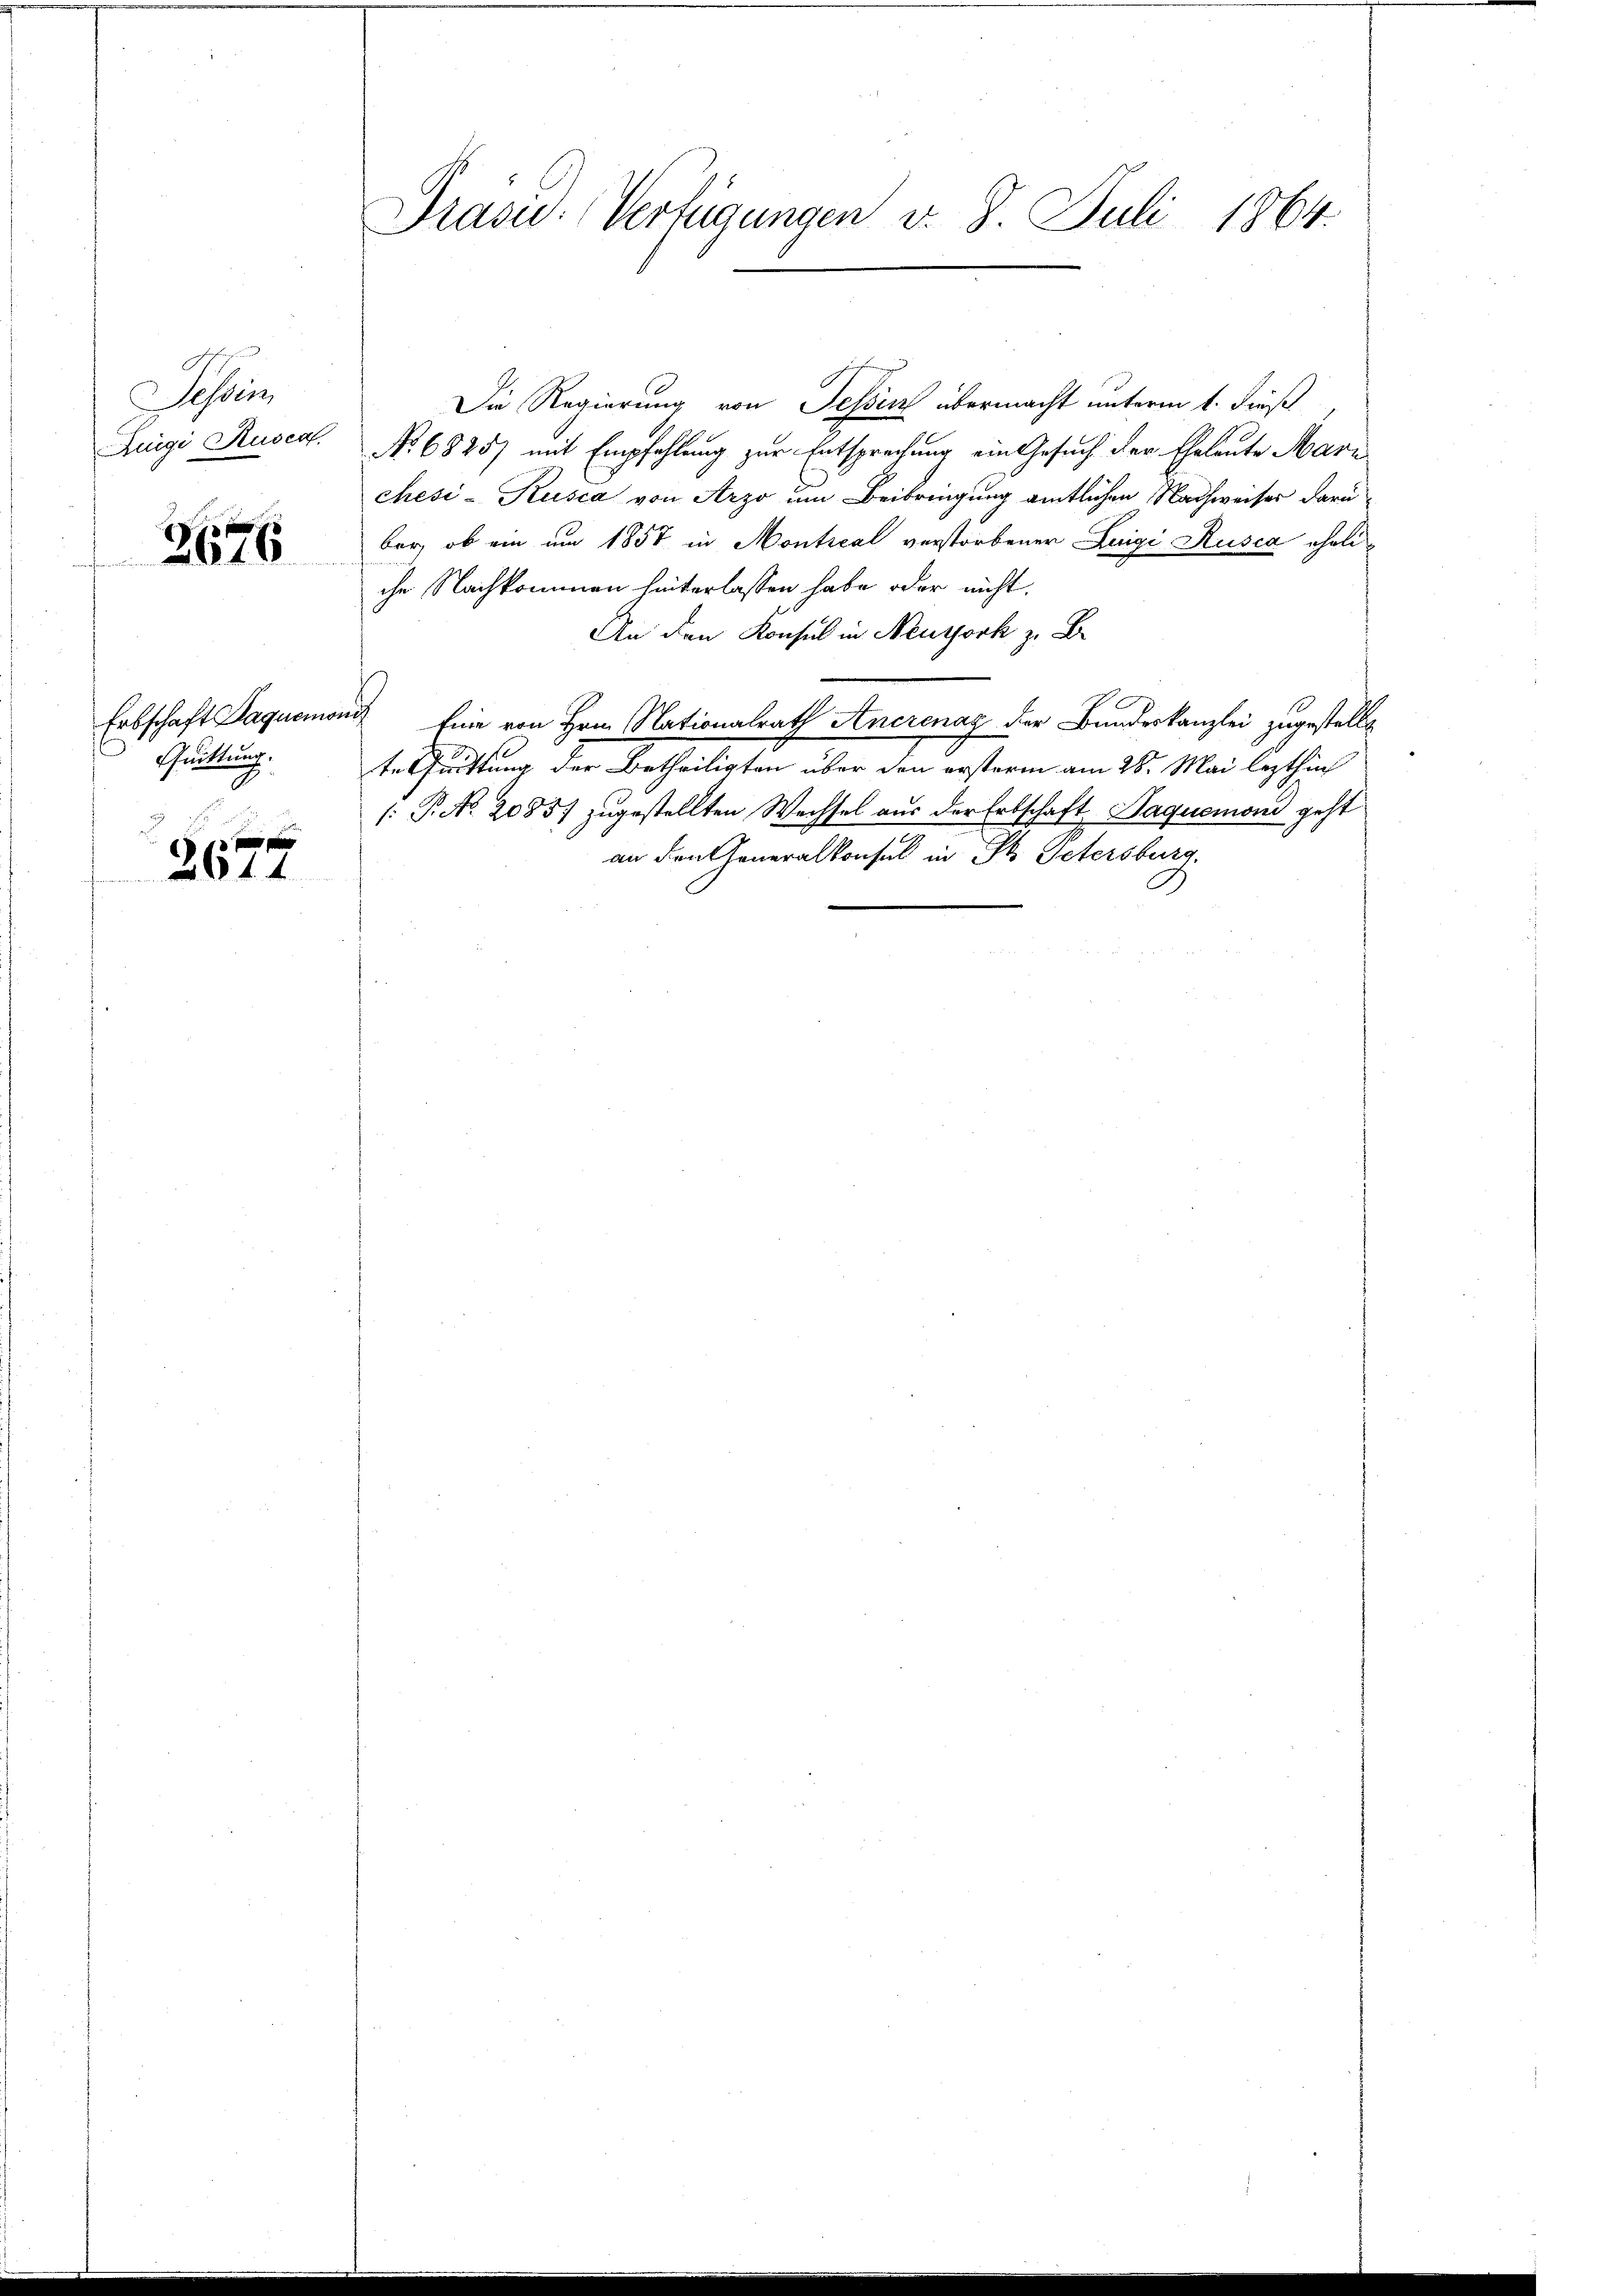
Jossen
Luigi Ruses.

2676

Erbschaft Paquemor
Quittung.

2644.

Prasw. Verfügungen v. 8. Juli 1864.

Die Regierung von Tessin übermacht unterm 1. dieß
No. 6825) mit Empfehlung zur Entsprechung ein Gesuch der Eheleute Mari
chési-Kusca von Arzo um Beibringung amtlichen Nachweiser darüber, ob ein um 1857 in Montieal verstorbener Luigi Rusca eheliche Nachkommen hinterlassen habe oder nicht.
An den Konsul in Neuyork z. B.
und Eine von Hrn. Nationalrath Anerenaz der Bundeskanzlei zugestellt
terhandlung der Betheiligten über den erstern am 24. Mai laschin
[: P. Nr. 20857 zugestellten Wechsel aus der Erbschaft Paquemoni geht
an Frageneralkonsul in St. Petersburg